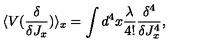
\langle V ( \frac { \delta } { \delta J _ { x } } ) \rangle _ { x } = \int d ^ { 4 } x \frac { \lambda } { 4 ! } \frac { \delta ^ { 4 } } { \delta J _ { x } ^ { 4 } } ,